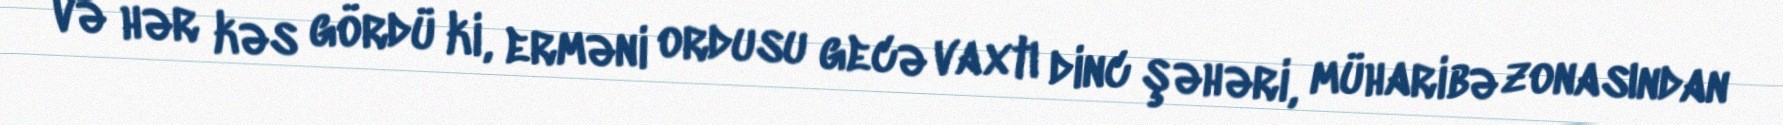
və hər kəs gördü ki, erməni ordusu gecə vaxtı dinc şəhəri, müharibə zonasından